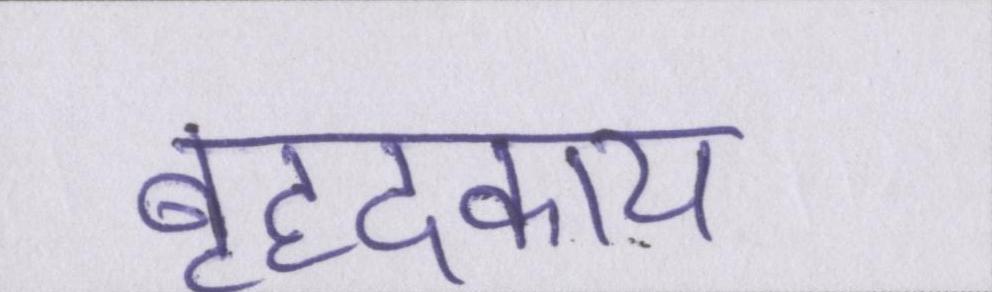
बृहदकाय